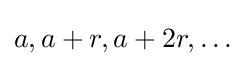
a,a+r,a+2r,\ldots